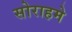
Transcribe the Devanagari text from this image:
सोराहमे